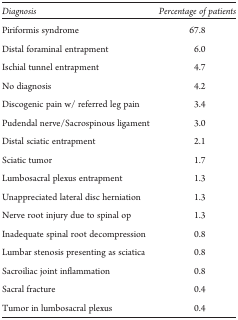
| Diagnosis | Percentage of patients |
 | --- | --- |
 | Piriformis syndrome | 67.8 |
 | Distal foraminal entrapment | 6.0 |
 | Ischial tunnel entrapment | 4.7 |
 | No diagnosis | 4.2 |
 | Discogenic pain w/ referred leg pain | 3.4 |
 | Pudendal nerve/Sacrospinous ligament | 3.0 |
 | Distal sciatic entrapment | 2.1 |
 | Sciatic tumor | 1.7 |
 | Lumbosacral plexus entrapment | 1.3 |
 | Unappreciated lateral disc herniation | 1.3 |
 | Nerve root injury due to spinal op | 1.3 |
 | Inadequate spinal root decompression | 0.8 |
 | Lumbar stenosis presenting as sciatica | 0.8 |
 | Sacroiliac joint inflammation | 0.8 |
 | Sacral fracture | 0.4 |
 | Tumor in lumbosacral plexus | 0.4 |